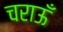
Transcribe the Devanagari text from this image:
चराऊँ